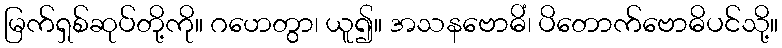
မြက်ရှစ်ဆုပ်တို့ကို။ ဂဟေတွာ၊ ယူ၍။ အသနဗောဓိံ၊ ပိတောက်ဗောဓိပင်သို့။